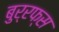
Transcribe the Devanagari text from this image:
बुर्रफ्स